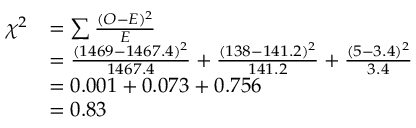
{ \begin{array} { r l } { \chi ^ { 2 } } & { = \sum { \frac { ( O - E ) ^ { 2 } } { E } } } \\ & { = { \frac { ( 1 4 6 9 - 1 4 6 7 . 4 ) ^ { 2 } } { 1 4 6 7 . 4 } } + { \frac { ( 1 3 8 - 1 4 1 . 2 ) ^ { 2 } } { 1 4 1 . 2 } } + { \frac { ( 5 - 3 . 4 ) ^ { 2 } } { 3 . 4 } } } \\ & { = 0 . 0 0 1 + 0 . 0 7 3 + 0 . 7 5 6 } \\ & { = 0 . 8 3 } \end{array} }